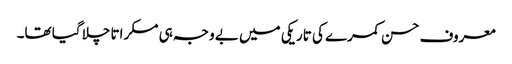
معروف حسن کمرے کی تاریکی میں بے وجہ ہی مسکراتا چلا گیا تھا۔